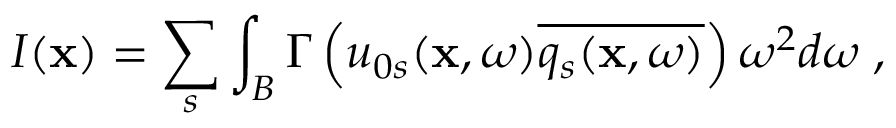
I ( \mathbf { x } ) = \sum _ { s } \int _ { B } \Gamma \left( u _ { 0 s } ( \mathbf { x } , \omega ) \overline { { q _ { s } ( \mathbf { x } , \omega ) } } \right) \omega ^ { 2 } d \omega \; ,